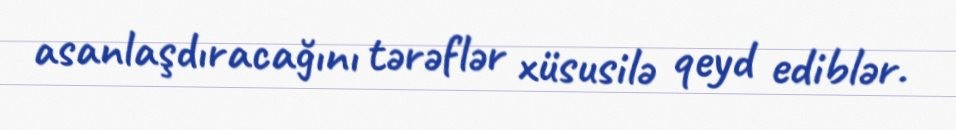
asanlaşdıracağını tərəflər xüsusilə qeyd ediblər.